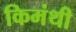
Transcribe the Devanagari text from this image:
किमंथी